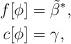
LaTeX: \begin{align*}f[\phi] &= \tilde{\beta}^* , \\c[\phi] &= \gamma ,\end{align*}